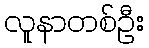
လူနာတစ်ဦး